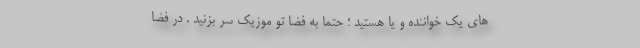
های یک خواننده و یا هستید ؛ حتما به فضا تو موزیک سر بزنید . در فضا